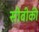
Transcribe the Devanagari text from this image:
सीबीकी